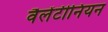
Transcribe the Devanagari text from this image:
वैलेंटीनियन